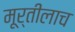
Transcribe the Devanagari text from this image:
मूर्तीलाच